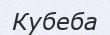
Кубеба